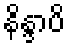
နိန္ဒာပိ